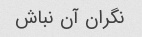
نگران آن نباش